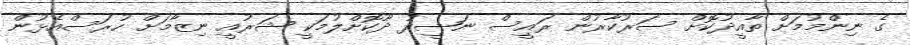
ގެ ނިންމުމަށް ތާއީދުކޮށް ސަރުކާރުން ރައީސް ނަޝީދު ދޫކޮށްލުމަކީ ޝަރުއީ ނިޒާމަށް ހުރަސްއެޅުން